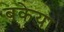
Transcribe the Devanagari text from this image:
बकेया